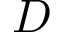
{ \cal D }